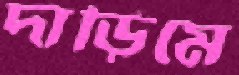
দাড়িমে